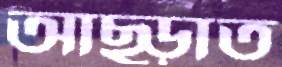
আছ্‌ড়াত